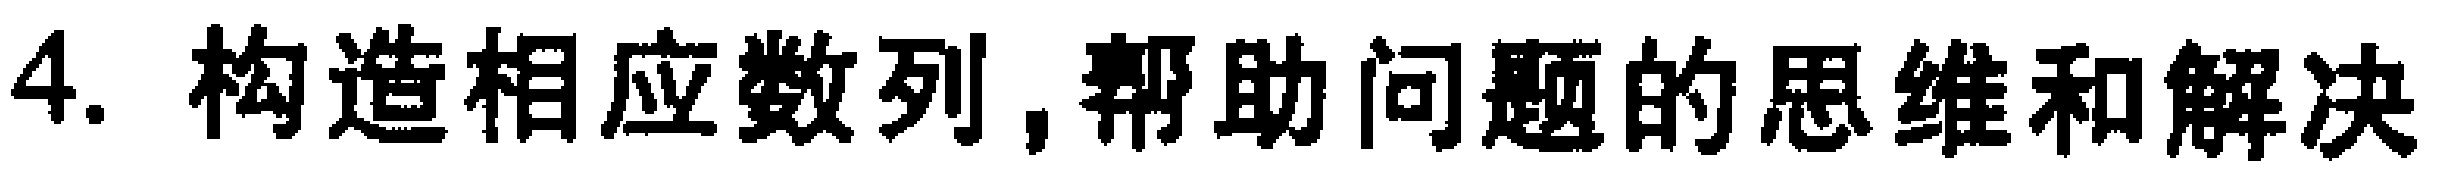
4. 构造相应数列,帮助问题的思维和解决